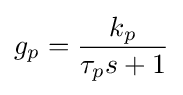
g_{p}={\frac {k_{p}}{\tau _{p}s+1}}